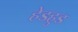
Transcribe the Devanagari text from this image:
हेडहुड